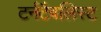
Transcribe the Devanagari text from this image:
टर्नटैबलिस्ट